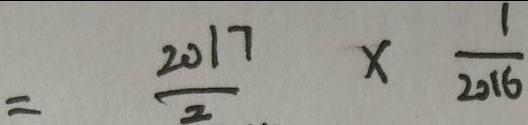
= \frac { 2 0 1 7 } { 2 } \times \frac { 1 } { 2 0 1 6 }